Annual report on the working of the mental hospitals in the Madras Presidency - 1912-1932
Year: 1912
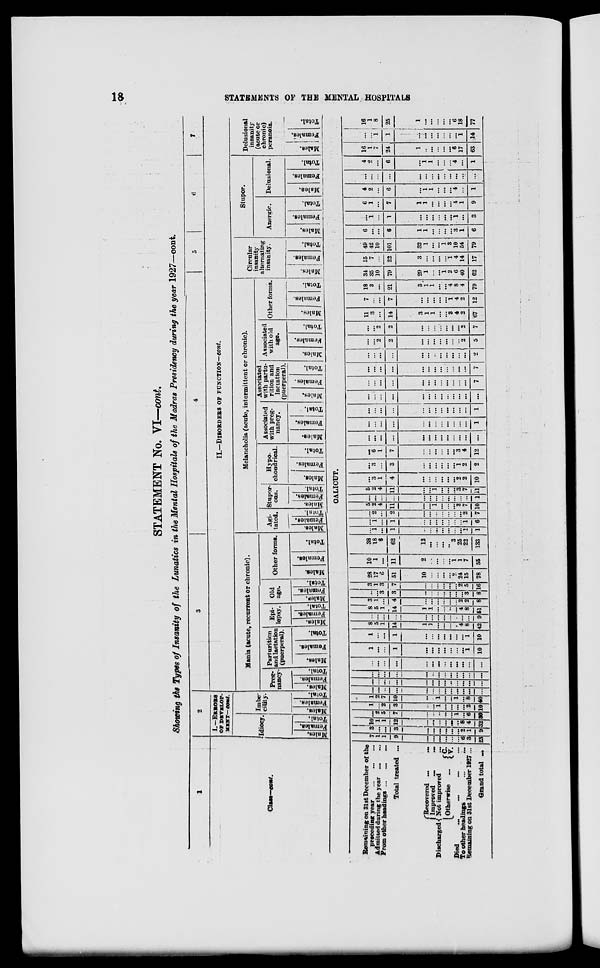
18
STATEMENTS OF THE MENTAL HOSPITALS
STATEMENT No. VI—cont.
Showing the Types of Insanity of the Lunatics in the Mental Hospitals of the Madras Presidency during the year 1927—cont.
1
Class—cont.
2
I.-ERRORS
OF DEVELOP¬
MENT—cont.
Idiocy
Males.
Females.
Total.
Imbe¬
cility.
Males.
Females.
Total.
3
4
5
6
7
II.—DISORDERS OF FUNCTION—cont.
Mania (acute, recurrent or chronic).
Preg¬
nancy
Males.
Females.
Total.
Parturition
and lactation
(puerperal).
Males.
Females.
Total.
Epi-
lepsy.
Males.
Females.
Total.
Old
age.
Males.
Females
Total.
Other forms.
Males.
Females.
Total.
Melancholia (acute, intermittent or chronic).
Agi-
tated.
Males.
Females.
Total.
Stupor
ous.
Males.
Females.
Total.
Hypo¬
chondrical.
Males.
Females.
Total.
Associated
with preg-
nancy.
Males.
Females.
Total.
Associated
with partu-
rition and
lactation
(puerperal).
Males.
Females.
Total.
Associated
with old
age.
Males.
Females.
Total.
Other forms.
Males.
Females.
Total.
Circular
insanity
alternating
insanity.
Males.
Females.
Total.
Stupor.
Anergic.
Males.
Females.
Total.
Delusional.
Males.
Females.
Total.
Delusional
insanity
(acute or
chronic)
peranoia.
Males.
Females.
Total.
CALICUT.
Remaining on 31st December of
preceding year ... ... ...
Admitted during the year ...
From other headings ... ...
Total treated ...
Discharged
Died
...
Recovered ... ...
Improved ... ...
Not improved
...
Otherwise
C.
V. Died ... ... ... ...
To other headings ... ...
Remaining on 31st December 1927 ...
Grand total ...
7
1
1
9
...
...
...
...
...
...
6
3
23
3
...
...
3
...
...
...
...
...
...
2
1
9
10
1
1
12
...
...
...
...
...
...
8
4
32
...
2
5
7
...
..
..
...
...
1
...
6
30
1
...
2
3
...
...
1
...
...
...
...
2
10
1
2
7
10
...
...
1
...
... 1
...
8
40
...
...
...
...
...
...
...
...
...
...
...
...
...
...
...
...
...
...
...
...
...
...
...
...
...
...
...
...
...
...
...
...
...
...
...
...
...
...
...
...
...
...
...
...
...
...
...
...
...
...
...
...
1
...
...
1
...
...
...
...
...
...
...
1
10
1
...
...
1
...
...
...
...
...
...
...
1
10
8
5
1
14
1
1
...
...
...
...
4
8
42
...
...
...
...
...
...
...
...
...
...
...
...
9
8
5
1
14
1
1
...
...
...
...
4
8
51
3
1
...
4
...
...
...
...
...
...
2
2
8
...
...
3
3
...
...
...
...
...
...
...
3
8
3
1
3
7
...
...
...
..
...
...
2
5
16
28
17
6
51
10
...
...
...
2
...
24
15
78
10
1
...
11
2
...
...
...
1 ...
1
7
55
38
18
6
62
12
...
...
...
3 ...
25
22
133
...
1
...
1
...
...
...
...
...
...
... 1
1
...
1
...
1
...
...
...
...
...
...
...
1
6
...
2
...
2
...
...
...
...
...
...
...
2
7
5
2
4
11
...
...
1
...
...
...
3
7
10
...
...
...
...
...
...
...
... ...
...
...
...
1
5
2
4
11
...
...
1
...
...
...
3
7
11
...
3
1
4
...
...
...
...
...
...
2
2
10
...
3
...
3
...
...
...
...
...
...
1
2
2
...
6
1
7
...
...
...
...
...
...
3
4
12
...
...
...
...
...
...
...
...
...
...
...
...
...
...
...
...
...
...
...
...
...
...
...
...
...
1
...
...
...
...
...
...
...
...
...
...
...
...
1
...
...
...
...
...
...
...
...
...
...
...
...
... .
...
...
...
...
...
...
...
...
...
...
...
...
7
...
...
...
...
...
...
...
...
...
...
...
...
7
...
...
...
...
...
...
...
...
...
...
...
...
2
...
...
2
2
...
...
...
...
...
...
...
2
5
...
...
2
2
...
...
...
...
...
...
...
2
7
11
3
...
14
3
1
...
...
3
...
4
2
67
7
...
...
7
...
...
...
...
1
...
4
2
12
18
3
...
21
3
1
...
...
4
...
8
4
79
34
35
10
79
29
1
...
1
2
...
6
40
62
15
7
...
22
3
...
...
...
1
...
4
14
17
49
42
10
101
32
1
...
1
3
...
10
54
79
6
...
...
6
1
1
...
...
...
...
3
1
6
...
1
...
1
...
...
...
...
...
...
1
...
3
6
1
...
7
1
...
...
...
...
...
4
1
9
4
2
...
6
...
1
...
...
...
...
4
...
1
...
...
...
...
...
...
...
...
...
...
...
...
...
4
2
...
6
...
1
...
...
...
... 4
...
1
16
1
7
24
1
...
...
...
...
...
6
17
63
...
...
1
1
...
...
...
...
...
...
...
1
14
16
1
8
25
1
...
...
...
...
...
6
18
77